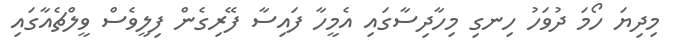
މިދިޔަ ހޯމަ ދުވަހު ހިނގި މިހާދިސާގައި އެމީހާ ފައިސާ ފޭރިގެން ފިލީވެސް ވީލްޗެއާގައި